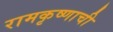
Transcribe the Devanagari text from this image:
रामकृष्णाची